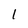
Character: I